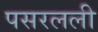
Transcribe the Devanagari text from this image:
पसरलली